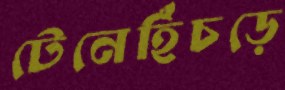
টেনেহিঁচড়ে